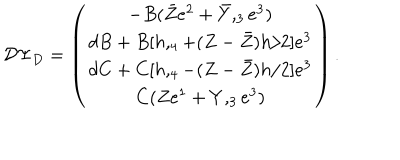
{ \cal D } \Psi _ { D } = \left( \begin{array} { c } { { - B ( \bar { Z } e ^ { 2 } + \bar { Y } , _ { 3 } e ^ { 3 } ) } } \\ { { d B + B [ h , _ { 4 } + ( Z - \bar { Z } ) h / 2 ] e ^ { 3 } } } \\ { { d C + C [ h , _ { 4 } - ( Z - \bar { Z } ) h / 2 ] e ^ { 3 } } } \\ { { C ( Z e ^ { 1 } + Y , _ { 3 } e ^ { 3 } ) } } \\ \end{array} \right) .